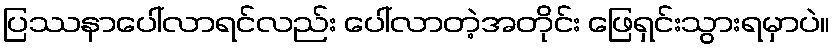
ပြဿနာပေါ်လာရင်လည်း ပေါ်လာတဲ့အတိုင်း ဖြေရှင်းသွားရမှာပဲ။